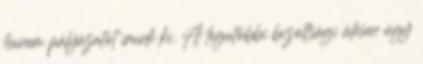
hanem pályázatot írunk ki. A legutóbbi bizottsági ülésen úgy